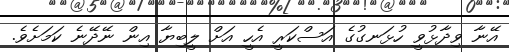
އޭނާ ވިދާޅުވީ ހުޅަނގުގެ އަސްކަރީ އެހީ އަށް ލީބިޔާ އިން ނޭދޭނެ ކަމަށެވެ.